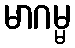
မာဂမ္မ